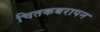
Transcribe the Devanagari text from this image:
चितकबरापन